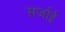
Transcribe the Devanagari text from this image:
सर्जाई